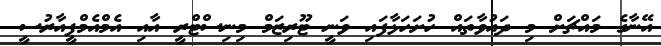
އޭނާގެ މައްޗަށް މި ދައުވާތައް ހުށަހަޅާފައި ވަނީ ޓޫރިޒަމް މިނިސްޓްރީ އާއި އެމްއެމްޕީއާރުސީ